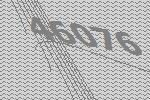
46076